Lunatic asylums in Bengal annual reports 1912-1924 - 1912-1924
Year: 1912
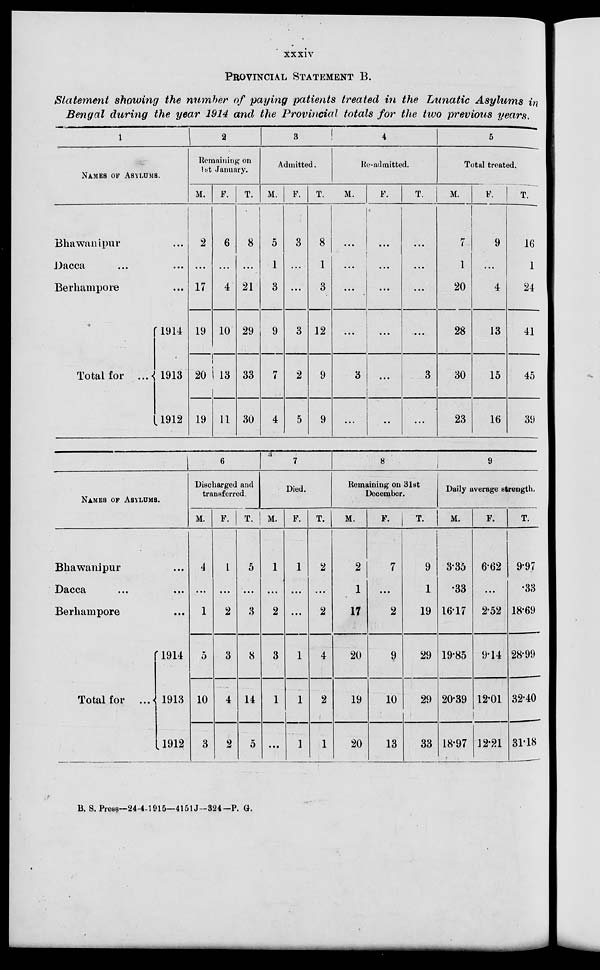
xxxiv
PROVINCIAL STATEMENT B.
Statement showing the number of paying patients treated in the Lunatic Asylums in
Bengal during the year 1914 and the Provincial totals for the two previous years.
1
NAMES OF ASYLUMS.
Bhawanipur ...
Dacca ... ...
Berhampore ...
Total for ...
1914
1913
1912
2
Remaining on
1st January.
M.
2
...
17
19
20
19
F.
6
...
4
10
13
11
T.
8
...
21
29
33
30
3
Admitted.
M.
5
1
3
9
7
4
F.
3
...
...
3
2
5
T.
8
1
3
12
9
9
4
Re-admitted.
M.
...
...
...
...
3
...
F.
...
...
...
...
...
...
T.
...
...
...
...
3
...
5
Total treated.
M.
7
1
20
28
30
23
F.
9
...
4
13
15
16
T.
16
1
24
41
45
39
NAMES OF ASYLUMS.
Bhawanipur ...
Dacca ... ...
Berhampore ...
Total for
...
1914
1913
1912
6
Discharged and
transferred.
M.
4
...
1
5
10
3
F.
1
...
2
3
4
2
T.
5
...
3
8
14
5
7
Died.
M.
1
...
2
3
1
...
F.
1
...
...
1
1
1
T.
2
...
2
4
2
1
8
Remaining on 31st
December.
M.
2
1
17
20
19
20
F.
7
...
2
9
10
13
T.
9
1
19
29
29
33
9
Daily average strength.
M.
3.35
33
16.17
19.85
20.39
18.97
F.
6.62
...
2.52
9.14
12.01
12.21
T.
9.97
.33
18.69
28.99
32.40
31.18
B. S. Press—24-4-1915—4151J—324-P. G.